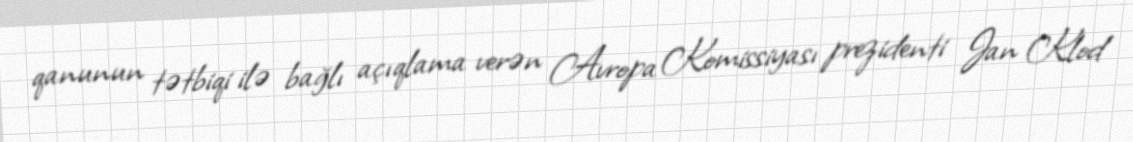
qanunun tətbiqi ilə bağlı açıqlama verən Avropa Komissiyası prezidenti Jan Klod